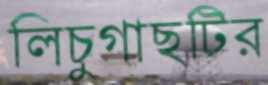
লিচুগাছটির